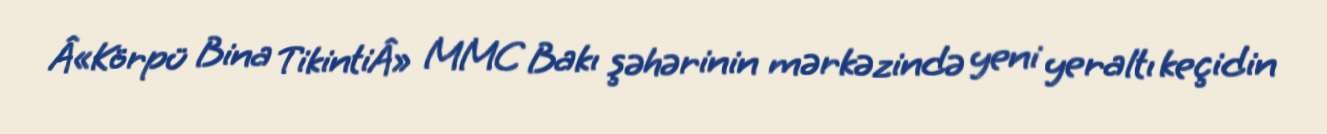
Â«Körpü Bina TikintiÂ» MMC Bakı şəhərinin mərkəzində yeni yeraltı keçidin